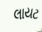
લાયટ